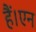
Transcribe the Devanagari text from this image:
हैं।एन